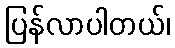
ပြန်လာပါတယ်၊